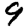
Digit: 9